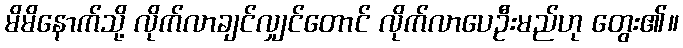
မိမိနောက်သို့ လိုက်လာချင်လျှင်တောင် လိုက်လာပေဦးမည်ဟု တွေး၏။